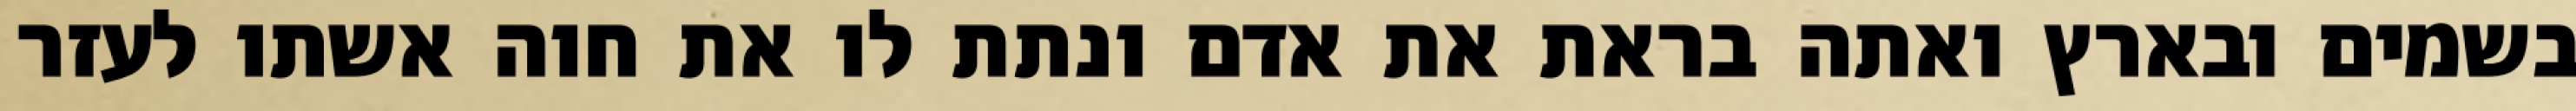
בשמים ובארץ ואתה בראת את אדם ונתת לו את חוה אשתו לעזר